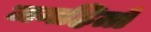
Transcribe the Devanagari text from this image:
जनहितों